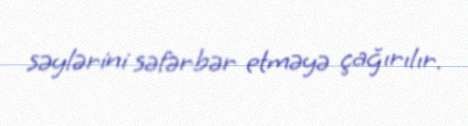
səylərini səfərbər etməyə çağırılır.